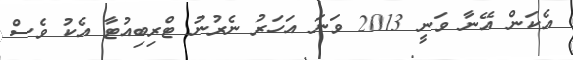
އެކަން އޭނާ ވަނީ 2013 ވަނަ އަހަރު ނެރުނު ޓްރިބިއުޓާ އެކު ވެސް